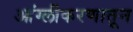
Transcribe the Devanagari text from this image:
आंग्लीकरणातून